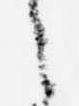
之